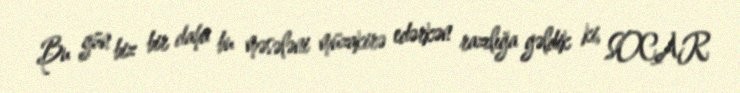
Bu gün biz bir daha bu məsələni müzakirə edərkən razılığa gəldik ki, SOCAR